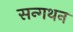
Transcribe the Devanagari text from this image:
सन्गथन